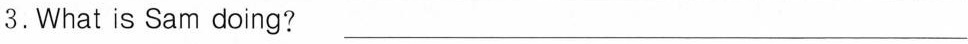
3.What is Sam doing? ___